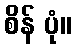
စိန် ပုံ။